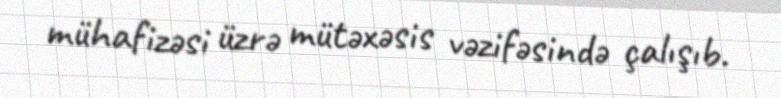
mühafizəsi üzrə mütəxəsis vəzifəsində çalışıb.